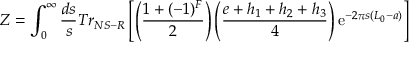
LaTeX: Z = \int _ { 0 } ^ { \infty } \frac { d s } { s } T r _ { N S - R } \left[ \left( \frac { 1 + ( - 1 ) ^ { F } } { 2 } \right) \left( \frac { e + h _ { 1 } + h _ { 2 } + h _ { 3 } } { 4 } \right) \mathrm { e } ^ { - 2 \pi s ( L _ { 0 } - a ) } \right]